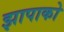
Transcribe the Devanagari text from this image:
झापाको